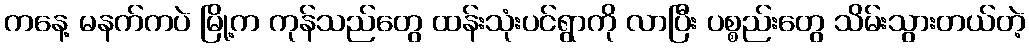
ကနေ့ မနက်ကပဲ မြို့က ကုန်သည်တွေ ထန်းသုံးပင်ရွာကို လာပြီး ပစ္စည်းတွေ သိမ်းသွားတယ်တဲ့